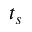
t _ { s }